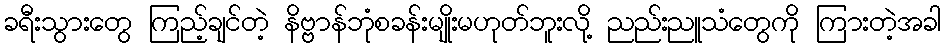
ခရီးသွားတွေ ကြည့်ချင်တဲ့ နိဗ္ဗာန်ဘုံစခန်းမျိုးမဟုတ်ဘူးလို့ ညည်းညူသံတွေကို ကြားတဲ့အခါ